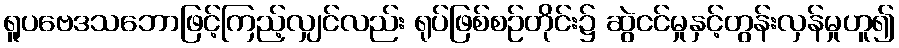
ရူပဗေဒသဘောဖြင့်ကြည့်လျှင်လည်း ရုပ်ဖြစ်စဉ်တိုင်း၌ ဆွဲငင်မှုနှင့်တွန်းလှန်မှုဟူ၍